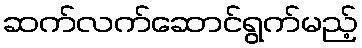
ဆက်လက်ဆောင်ရွက်မည့်